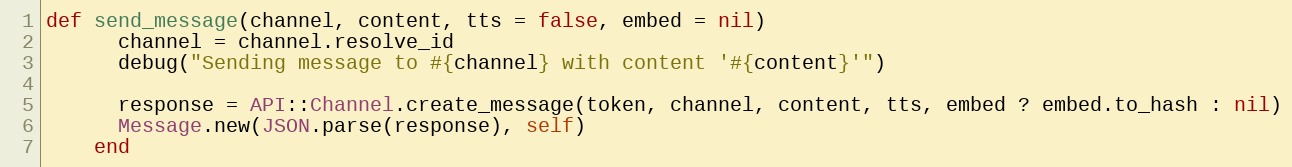
Language: Ruby
def send_message(channel, content, tts = false, embed = nil)
      channel = channel.resolve_id
      debug("Sending message to #{channel} with content '#{content}'")

      response = API::Channel.create_message(token, channel, content, tts, embed ? embed.to_hash : nil)
      Message.new(JSON.parse(response), self)
    end